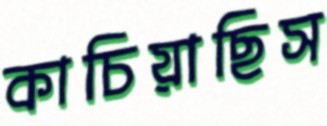
কাচিয়াছিস